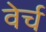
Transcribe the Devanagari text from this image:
वेर्च